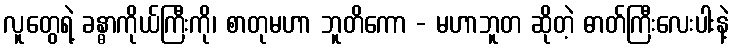
လူတွေရဲ့ ခန္ဓာကိုယ်ကြီးကို၊ စာတုမဟာ ဘူတိကော - မဟာဘူတ ဆိုတဲ့ ဓာတ်ကြီးလေးပါးနဲ့